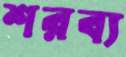
শরব্য